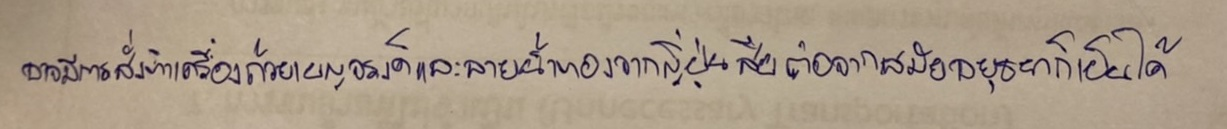
อาจมีการสั่งทำเครื่องถ้วยเบญจรงค์และลายน้ำทองจากญี่ปุ่นสืบต่อจากสมัยอยุธยาก็เป็นได้